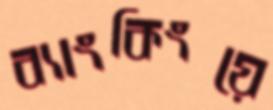
ব্যাংকিংয়ে